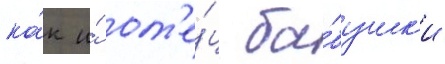
ка́к и́ от'е́ц ба́бушк'и